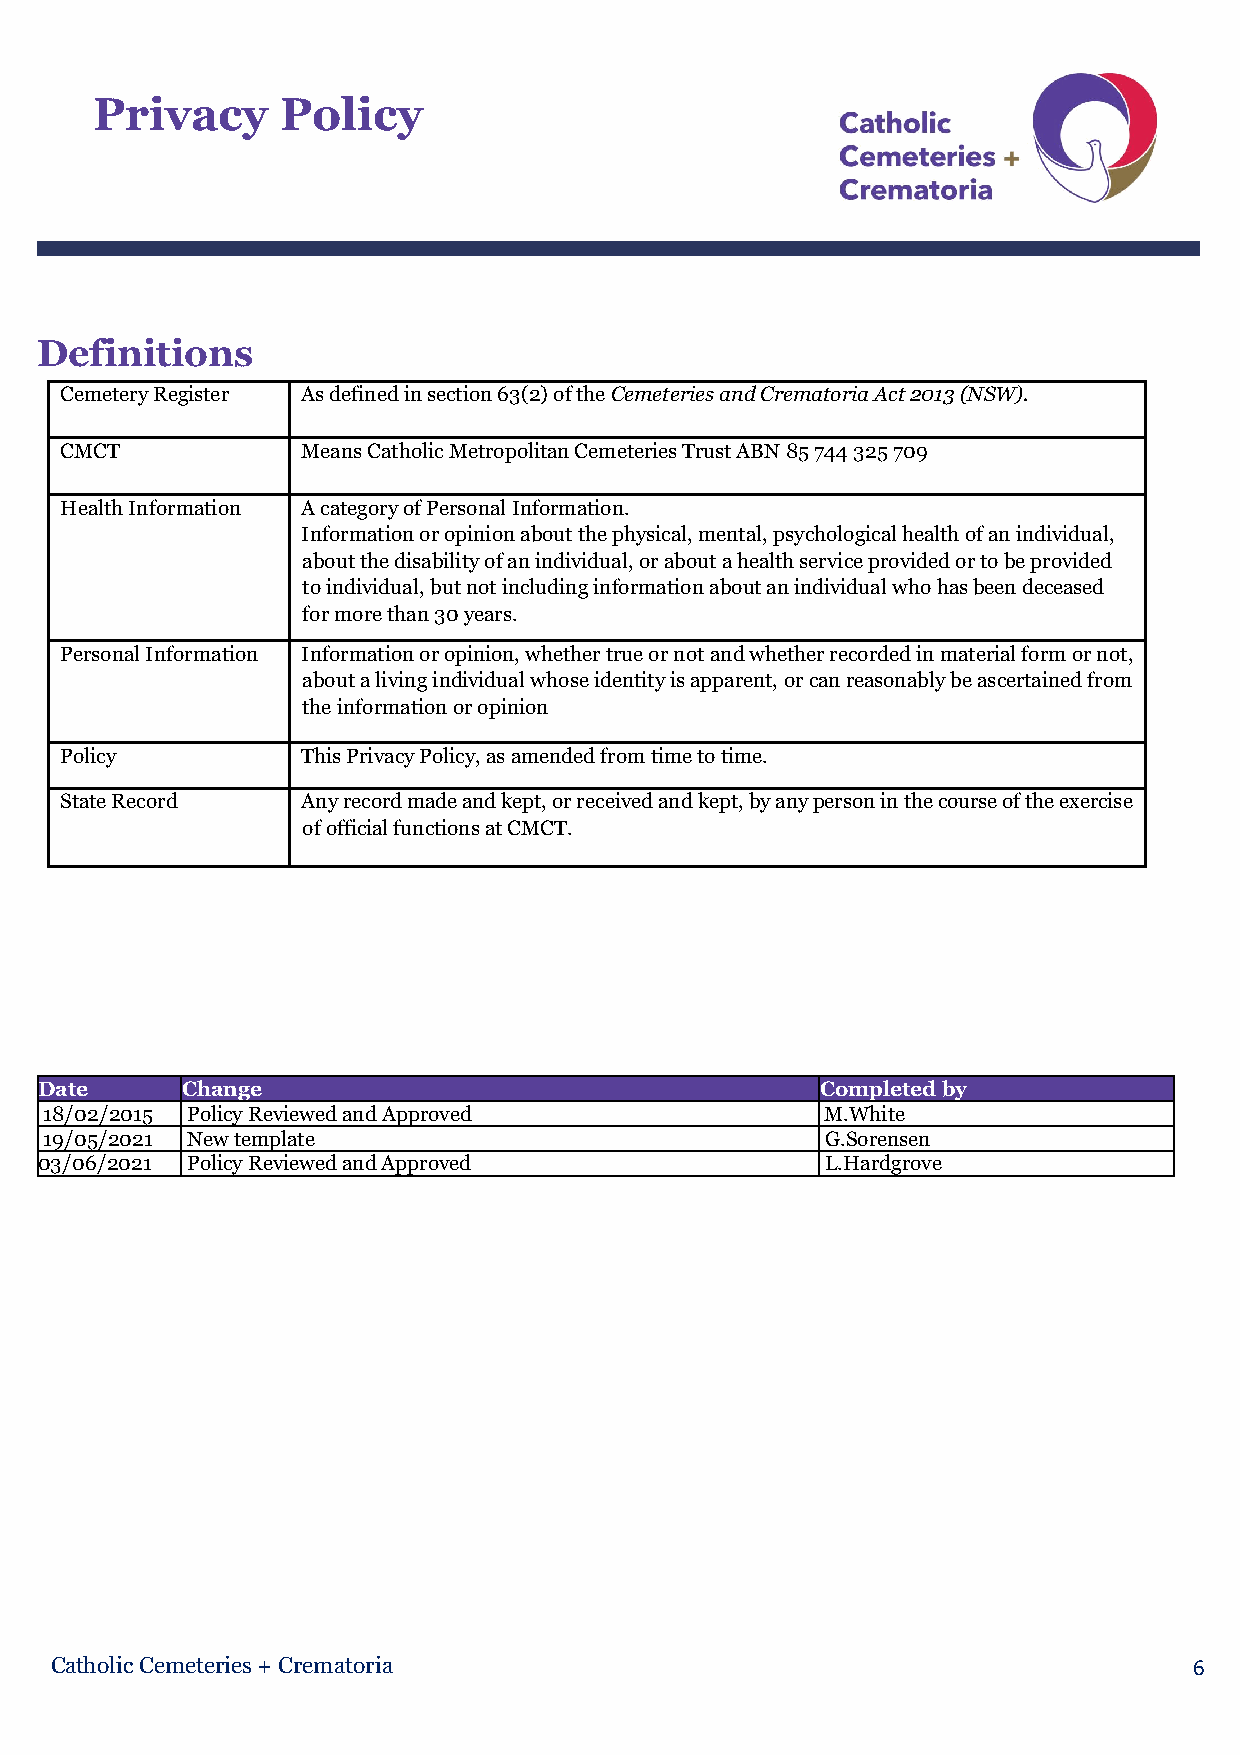
Privacy      Policy
 Definitions
 Cemetery Register As defined in section 63(2) of the Cemeteries and Crematoria Act 2013 (NSW).
 CMCT            Means Catholic Metropolitan Cemeteries Trust ABN 85 744 325 709
 Health Information A category of Personal Information.
 Information or opinion about the physical, mental, psychological health of an individual,
 about the disability of an individual, or about a health service provided or to be provided
 to individual, but not including information about an individual who has been deceased
 for more than 30 years.
 Personal Information Information or opinion, whether true or not and whether recorded in material form or not,
 about a living individual whose identity is apparent, or can reasonably be ascertained from
 the information or opinion
 Policy          This Privacy Policy, as amended from time to time.
 State Record    Any record made and kept, or received and kept, by any person in the course of the exercise
 of official functions at CMCT.
 Date     Change                                    Completed by
 18/02/2015 Policy Reviewed and Approved             M.White
 19/05/2021 New template                             G.Sorensen
 03/06/2021 Policy Reviewed and Approved             L.Hardgrove
 Catholic Cemeteries + Crematoria                                            6